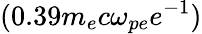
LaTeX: (0.39m_{e}c\omega_{pe}e^{-1})